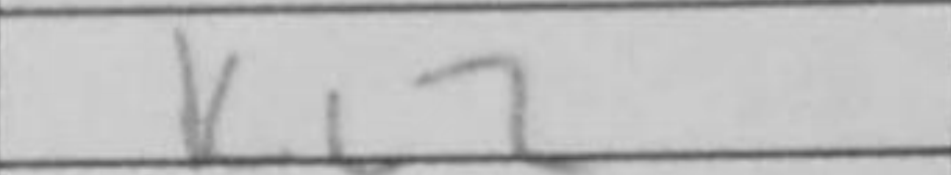
Transcription: Kc2